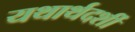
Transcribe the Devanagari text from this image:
यथार्थदर्शी